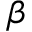
\beta